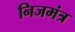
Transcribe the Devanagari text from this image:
निजमंत्र